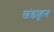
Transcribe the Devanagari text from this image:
खंडाहून